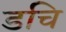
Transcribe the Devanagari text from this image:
डचि